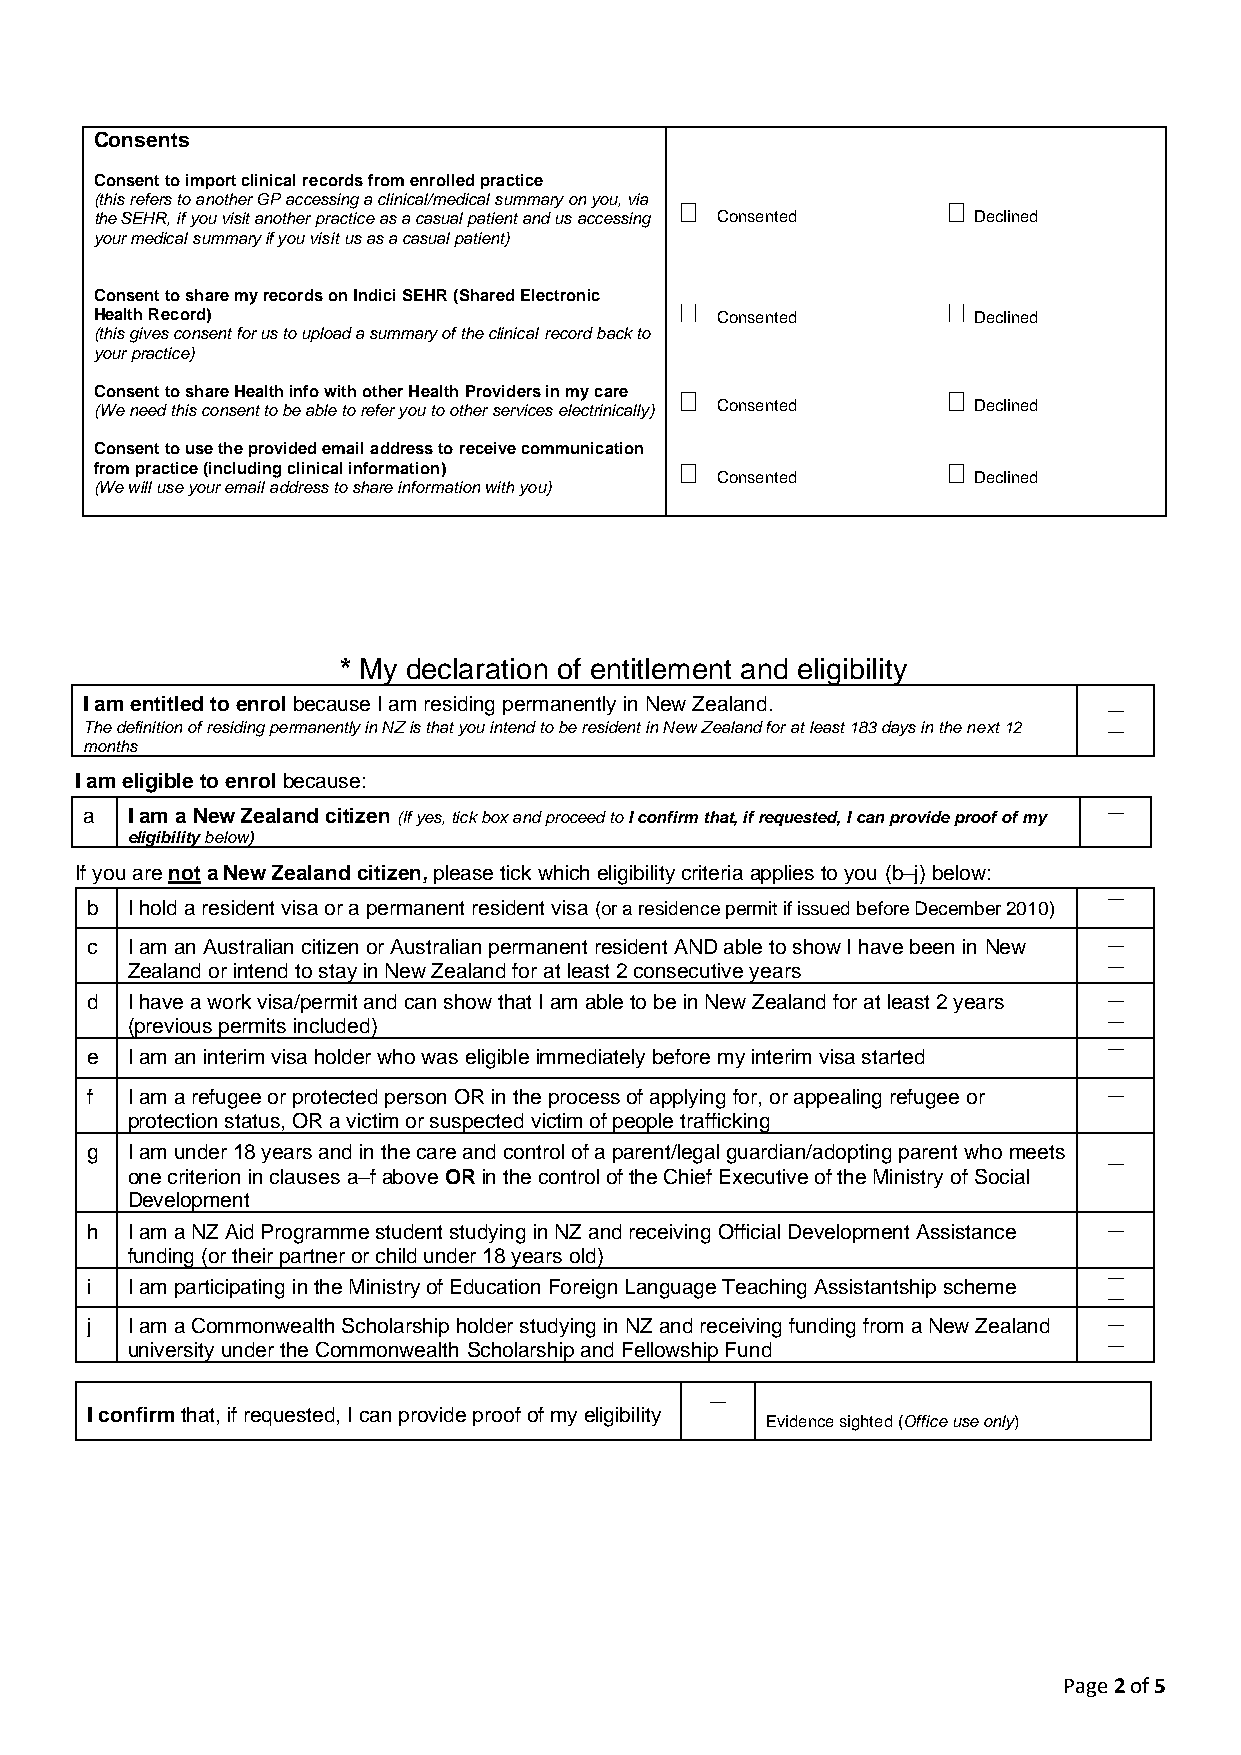
Consents
 Consent to import clinical records from enrolled practice
 (this refers to another GP accessing a clinical/medical summary on you, via
 the SEHR, if you visit another practice as a casual patient and us accessing Consented Declined
 your medical summary if you visit us as a casual patient)
 Consent to share my records on Indici SEHR (Shared Electronic
 Health Record)                           Consented        Declined
 (this gives consent for us to upload a summary of the clinical record back to
 your practice)
 Consent to share Health info with other Health Providers in my care
 (We need this consent to be able to refer you to other services electrinically) Consented Declined
 Consent to use the provided email address to receive communication
 from practice (including clinical information)
 Consented        Declined
 (We will use your email address to share information with you)
 * My declaration of entitlement and eligibility
 I am entitled to enrol because I am residing permanently in New Zealand.
 The definition of residing permanently in NZ is that you intend to be resident in New Zealand for at least 183 days in the next 12
 months
 I am eligible to enrol because:
 a  I am a New Zealand citizen (If yes, tick box and proceed to I confirm that, if requested, I can provide proof of my
 eligibility below)
 If you are not a New Zealand citizen, please tick which eligibility criteria applies to you (b–j) below:
 b I hold a resident visa or a permanent resident visa (or a residence permit if issued before December 2010)
 c I am an Australian citizen or Australian permanent resident AND able to show I have been in New
 Zealand or intend to stay in New Zealand for at least 2 consecutive years
 d I have a work visa/permit and can show that I am able to be in New Zealand for at least 2 years
 (previous permits included)
 e I am an interim visa holder who was eligible immediately before my interim visa started
 f I am a refugee or protected person OR in the process of applying for, or appealing refugee or
 protection status, OR a victim or suspected victim of people trafficking
 g I am under 18 years and in the care and control of a parent/legal guardian/adopting parent who meets
 one criterion in clauses a–f above OR in the control of the Chief Executive of the Ministry of Social
 Development
 h I am a NZ Aid Programme student studying in NZ and receiving Official Development Assistance
 funding (or their partner or child under 18 years old)
 i I am participating in the Ministry of Education Foreign Language Teaching Assistantship scheme
 j I am a Commonwealth Scholarship holder studying in NZ and receiving funding from a New Zealand
 university under the Commonwealth Scholarship and Fellowship Fund
 I confirm that, if requested, I can provide proof of my eligibility
 Evidence sighted (Office use only)
 Page 2 of 5